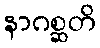
နာဂစ္ဆတိ